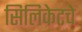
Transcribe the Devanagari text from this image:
सिलिकेटचे